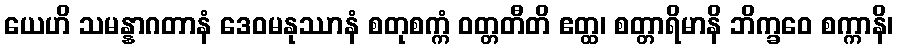
ယေဟိ သမန္နာဂတာနံ ဒေဝမနုဿာနံ စတုစက္ကံ ဝတ္တတီတိ ဧတ္ထ၊ စတ္တာရိမာနိ ဘိက္ခဝေ စက္ကာနိ၊